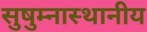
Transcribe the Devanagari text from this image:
सुषुम्नास्थानीय